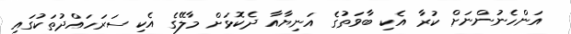
އަންހެނުންނަށް ކުރާ އެކި ބާވަތުގެ އަނިޔާއާ ދެކޮޅަށް މާލޭގެ އެކި ސަރަހައްދުތަކުގައި